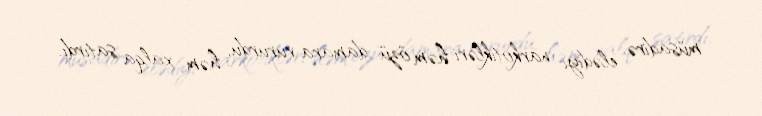
müsadirə elədiyi narkotikləri həm özü damara vururdu, həm xalqa satırdı.